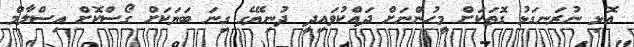
އޮޅި ނުރަނގަޅު ގޮތަކަށް މީހުންނަށް ދައްކުވައިދީ ދުނިޔޭގެ ގިނަ ބަޔަކަށް ގޯސްކޮށް އިސްލާމް